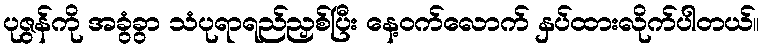
ပုဇွန်ကို အခွံခွာ သံပုရာရည်ညှစ်ပြီး နေ့ဝက်လောက် နှပ်ထားလိုက်ပါတယ်။